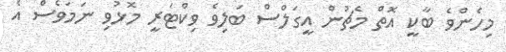
މިހެންވެ ބާކީ އޮތް މެޗުން އީގަލްސް ބަލިވެ ވިކްޓަރީ މޮޅުވި ނަމަވެސް އެ